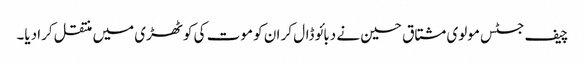
چیف جسٹس مولوی مشتاق حسین نے دبائو ڈال کر ان کو موت کی کوٹھڑی میں منتقل کرادیا۔